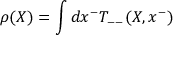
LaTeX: \rho ( X ) = \int d x ^ { - } T _ { -- } ( X , x ^ { - } )